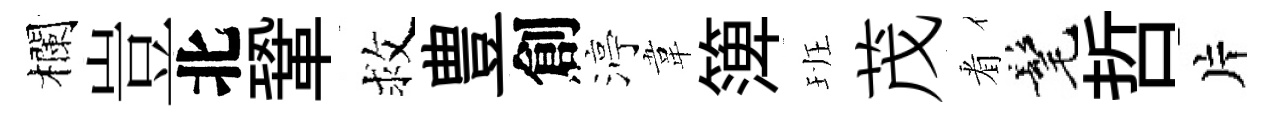
欄豈北鞏救豊創渟韋𥱼班茂㸔髦哲片